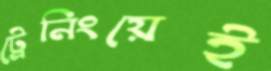
ট্রেনিংয়েই